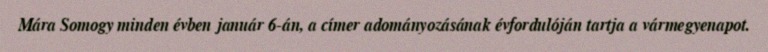
Mára Somogy minden évben január 6-án, a címer adományozásának évfordulóján tartja a vármegyenapot.